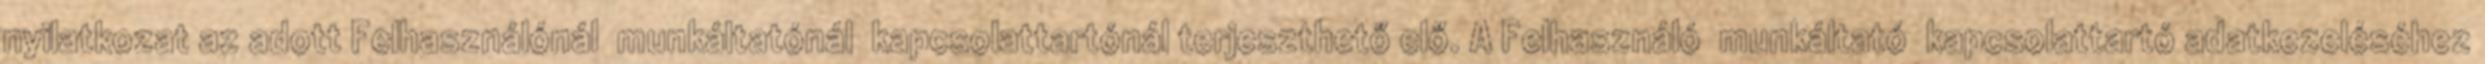
nyilatkozat az adott Felhasználónál munkáltatónál kapcsolattartónál terjeszthető elő. A Felhasználó munkáltató kapcsolattartó adatkezeléséhez